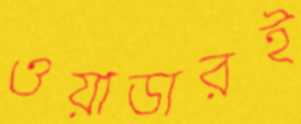
ওয়াডারই